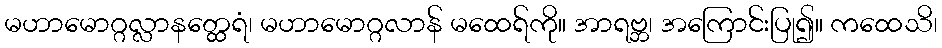
မဟာမောဂ္ဂလ္လာနတ္ထေရံ၊ မဟာမောဂ္ဂလာန် မထေရ်ကို။ အာရဗ္ဘ၊ အကြောင်းပြု၍။ ကထေသိ၊